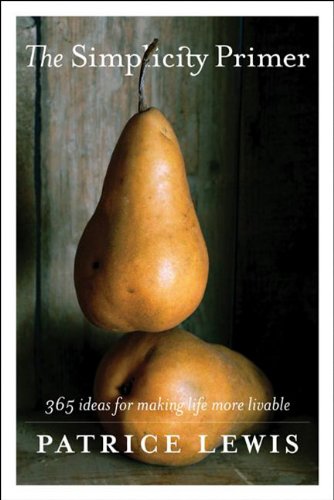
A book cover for The Simplicity Primer; Patrice Lewis; Self-Help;